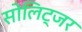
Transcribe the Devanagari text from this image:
सोलिट्जर